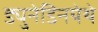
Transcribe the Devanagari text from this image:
ड्युनेडिनयेथे